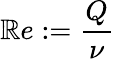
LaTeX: \mathbb{R}e:=\frac{{Q}}{{\nu}}